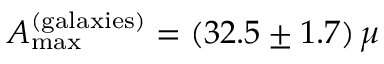
A _ { \mathrm { m a x } } ^ { \mathrm { ( g a l a x i e s ) } } = ( 3 2 . 5 \pm 1 . 7 ) \, \mu